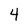
Character: 4